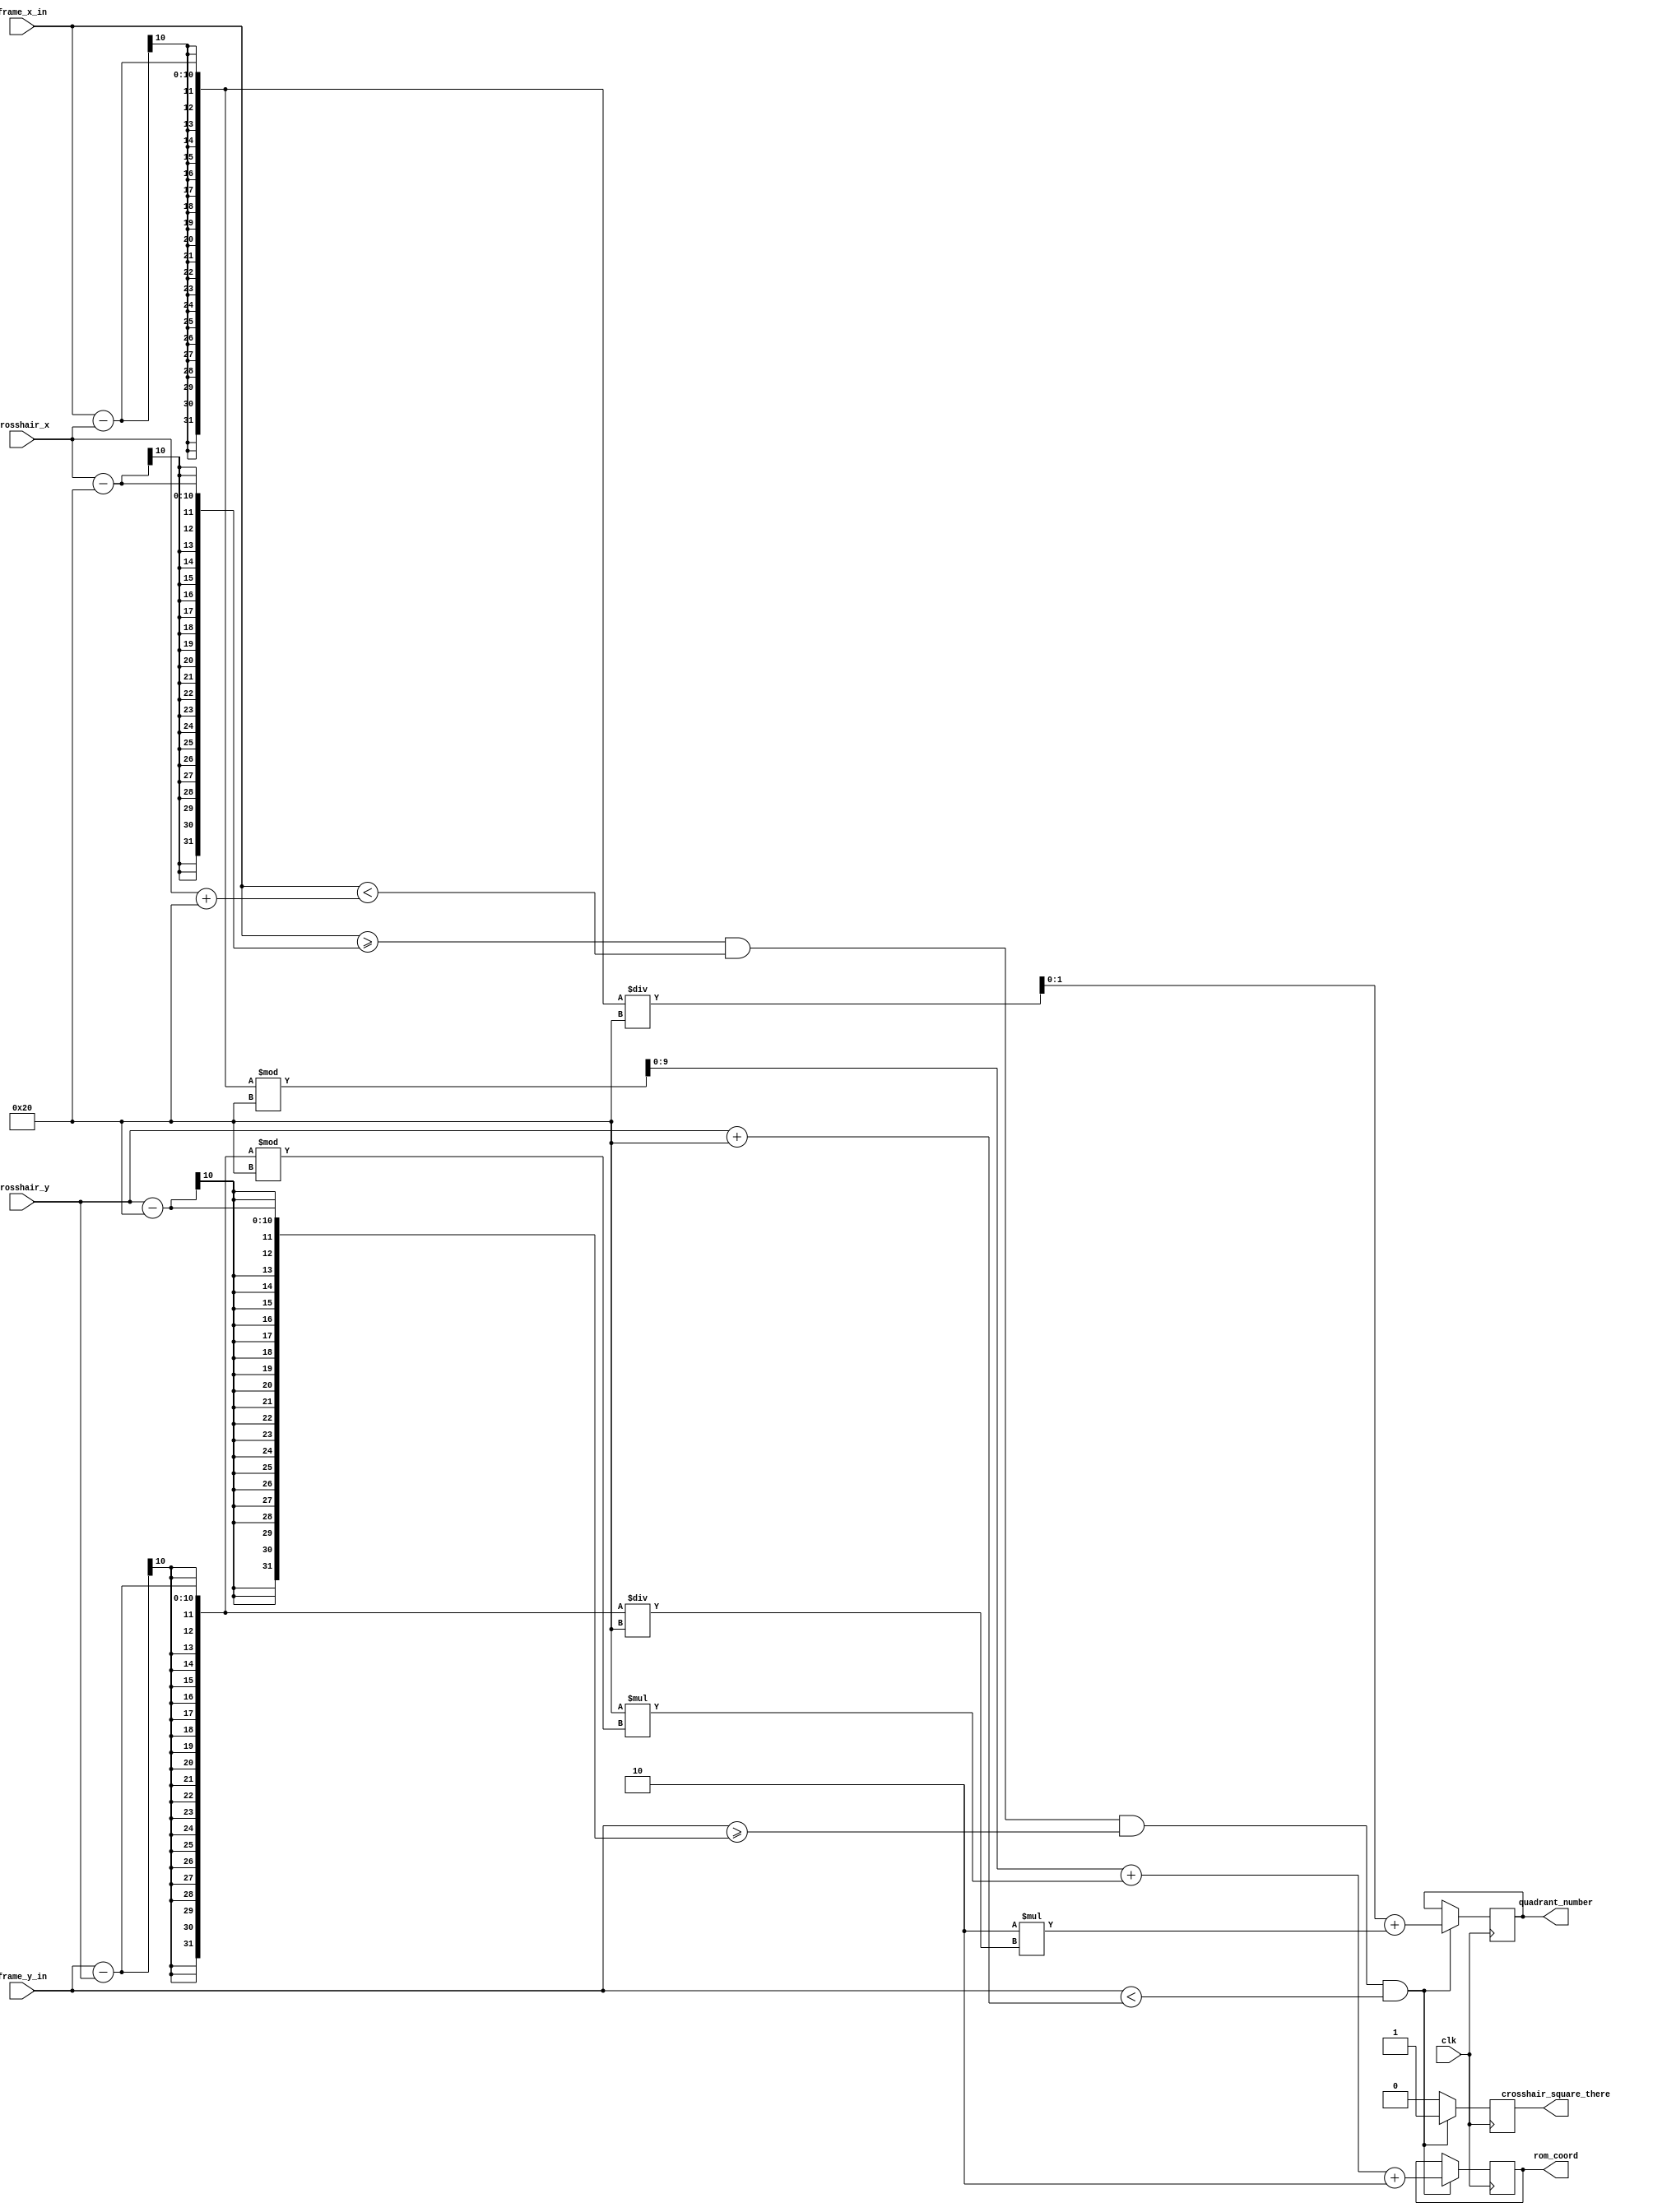
module detect_crosshair (frame_x_in, frame_y_in, crosshair_x, crosshair_y, clk, crosshair_square_there, quadrant_number, rom_coord);
	input[9:0] frame_x_in;
	input[9:0] frame_y_in;
	input[9:0] crosshair_x;
	input[9:0] crosshair_y;
	input clk;
	output crosshair_square_there;
	output[1:0] quadrant_number;
	output[9:0] rom_coord;


wire [9:0] frame_x_in;
wire [9:0] frame_y_in;
wire [9:0] crosshair_x;
wire [9:0] crosshair_y;
reg crosshair_square_there;
reg[9:0] rom_coord;
reg[1:0] quadrant_number;

	
always @(posedge clk)

	//if the sprite's coordinates coincide with the current pixel being sent to the vga, it calculates the position in the rom
	if(frame_x_in >= crosshair_x - 32 && frame_x_in < crosshair_x + 32
		&& frame_y_in >= crosshair_y - 32 && frame_y_in < crosshair_y + 32) begin
		
		quadrant_number = ((frame_x_in - crosshair_x) / 32) + (2 * ((frame_y_in - crosshair_y) / 32));
		
		rom_coord = ((frame_x_in - crosshair_x) % 32) + (32 * ((frame_y_in - crosshair_y) % 32)) + 2;
		
		crosshair_square_there <= 1;
	end
	else begin
		crosshair_square_there <= 0;
	end


endmodule